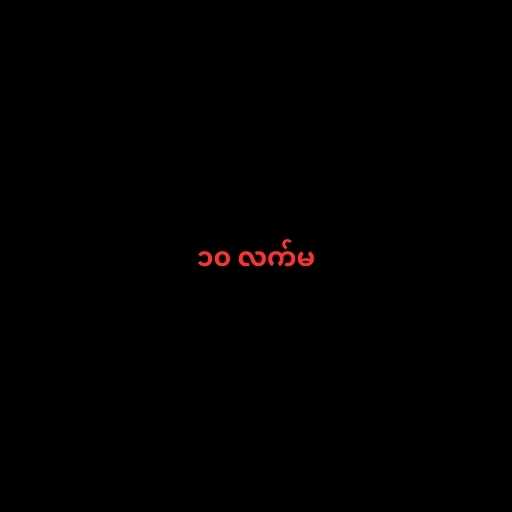
၁၀ လက်မ